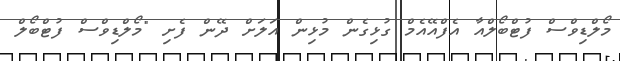
މޯލްޑިވްސް ފުޓްބޯލްއާ އެފްއޭއެމް ގުޅިގެން މުޅިން އަލަށް ދޭން ފެށި "މޯލްޑިވްސް ފުޓްބޯލް